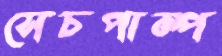
সেচপাম্প